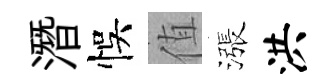
潛悞值漲洪